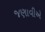
જણાવીએ